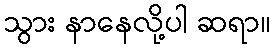
သွား နာနေလို့ပါ ဆရာ။